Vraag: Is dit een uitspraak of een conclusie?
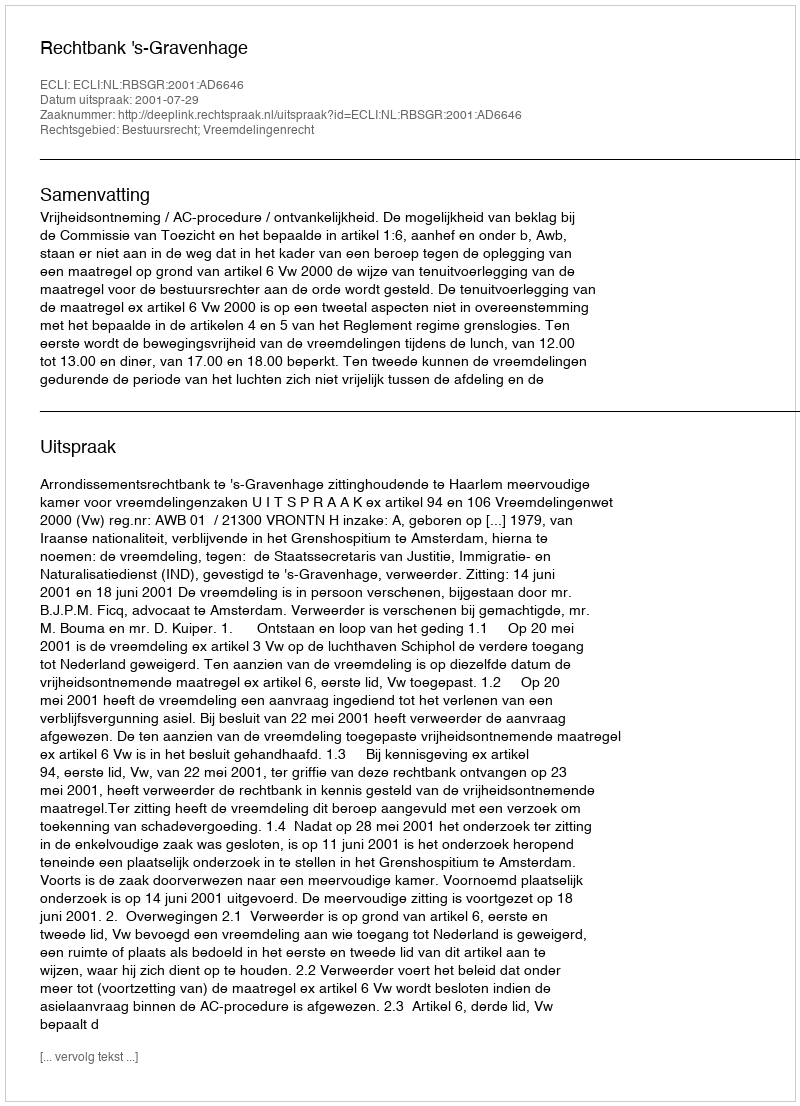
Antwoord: Uitspraak